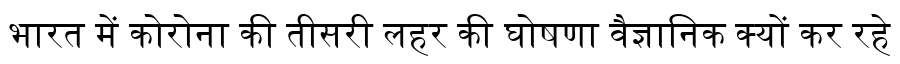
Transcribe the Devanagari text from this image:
भारत में कोरोना की तीसरी लहर की घोषणा वैज्ञानिक क्यों कर रहे